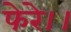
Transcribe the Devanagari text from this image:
फेरे।।